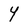
Character: Y